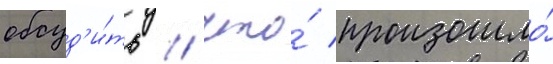
обсуд'и́ть / что́ произошло́